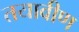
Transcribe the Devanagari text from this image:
तयावीण